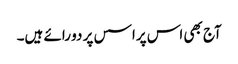
آج بھی اس پراسس پر دو رائے ہیں۔